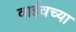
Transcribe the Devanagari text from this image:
वाईवच्या